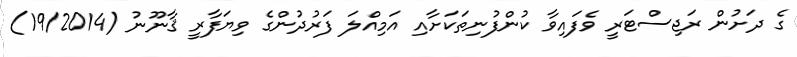
ގެ ދަށުން ރަޖިސްޓަރީ ވެފައިވާ ކުންފުނިތަކަށާއި އަމިއްލަ ފަރުދުންގެ ވިޔަފާރީ ޤާނޫނު (19/2014)